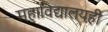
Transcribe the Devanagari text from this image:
महाविद्यालयही